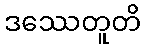
ဒဿေတူတိ